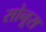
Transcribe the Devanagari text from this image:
सोनूस